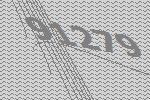
91279